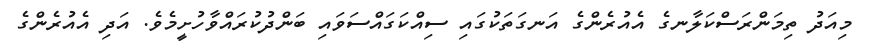
މިއަދު ތިމަންރަސްކަލާނގެ އެއުރެންގެ އަނގަތަކުގައި ސިއްކަގައްސަވައި ބަންދުކުރައްވާހުށީމެވެ. އަދި އެއުރެންގެ